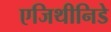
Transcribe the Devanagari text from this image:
एजिथीनिडे